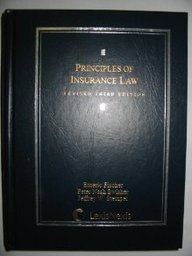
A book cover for Principles of Insurance Law (Cases and Materials Series); Emeric Fischer; Law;